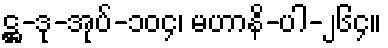
ဋ္ဌ-ဒု-အုပ်-၁၀၄၊ မဟာနိ-ပါ-၂၆၄။